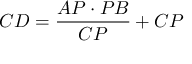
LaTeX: C D = { \frac { A P \cdot P B } { C P } } + C P